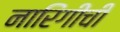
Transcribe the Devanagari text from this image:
नारिंगीची